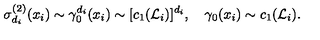
\sigma _ { d _ { i } } ^ { ( 2 ) } ( x _ { i } ) \sim \gamma _ { 0 } ^ { d _ { i } } ( x _ { i } ) \sim [ c _ { 1 } ( { \cal L } _ { i } ) ] ^ { d _ { i } } , \quad \gamma _ { 0 } ( x _ { i } ) \sim c _ { 1 } ( { \cal L } _ { i } ) .